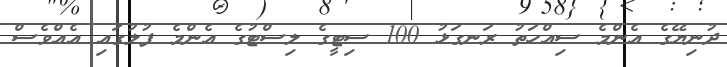
ދުނިޔޭގެ އެންމެ ސިއްހަތު ރަނގަޅު 100 ސިޓީގެ ލިސްޓުގެ އެންމެ ފުލުގައި އެއްވެސް